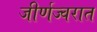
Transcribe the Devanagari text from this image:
जीर्णज्वरात